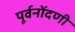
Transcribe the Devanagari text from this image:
पूर्वनोंदणी